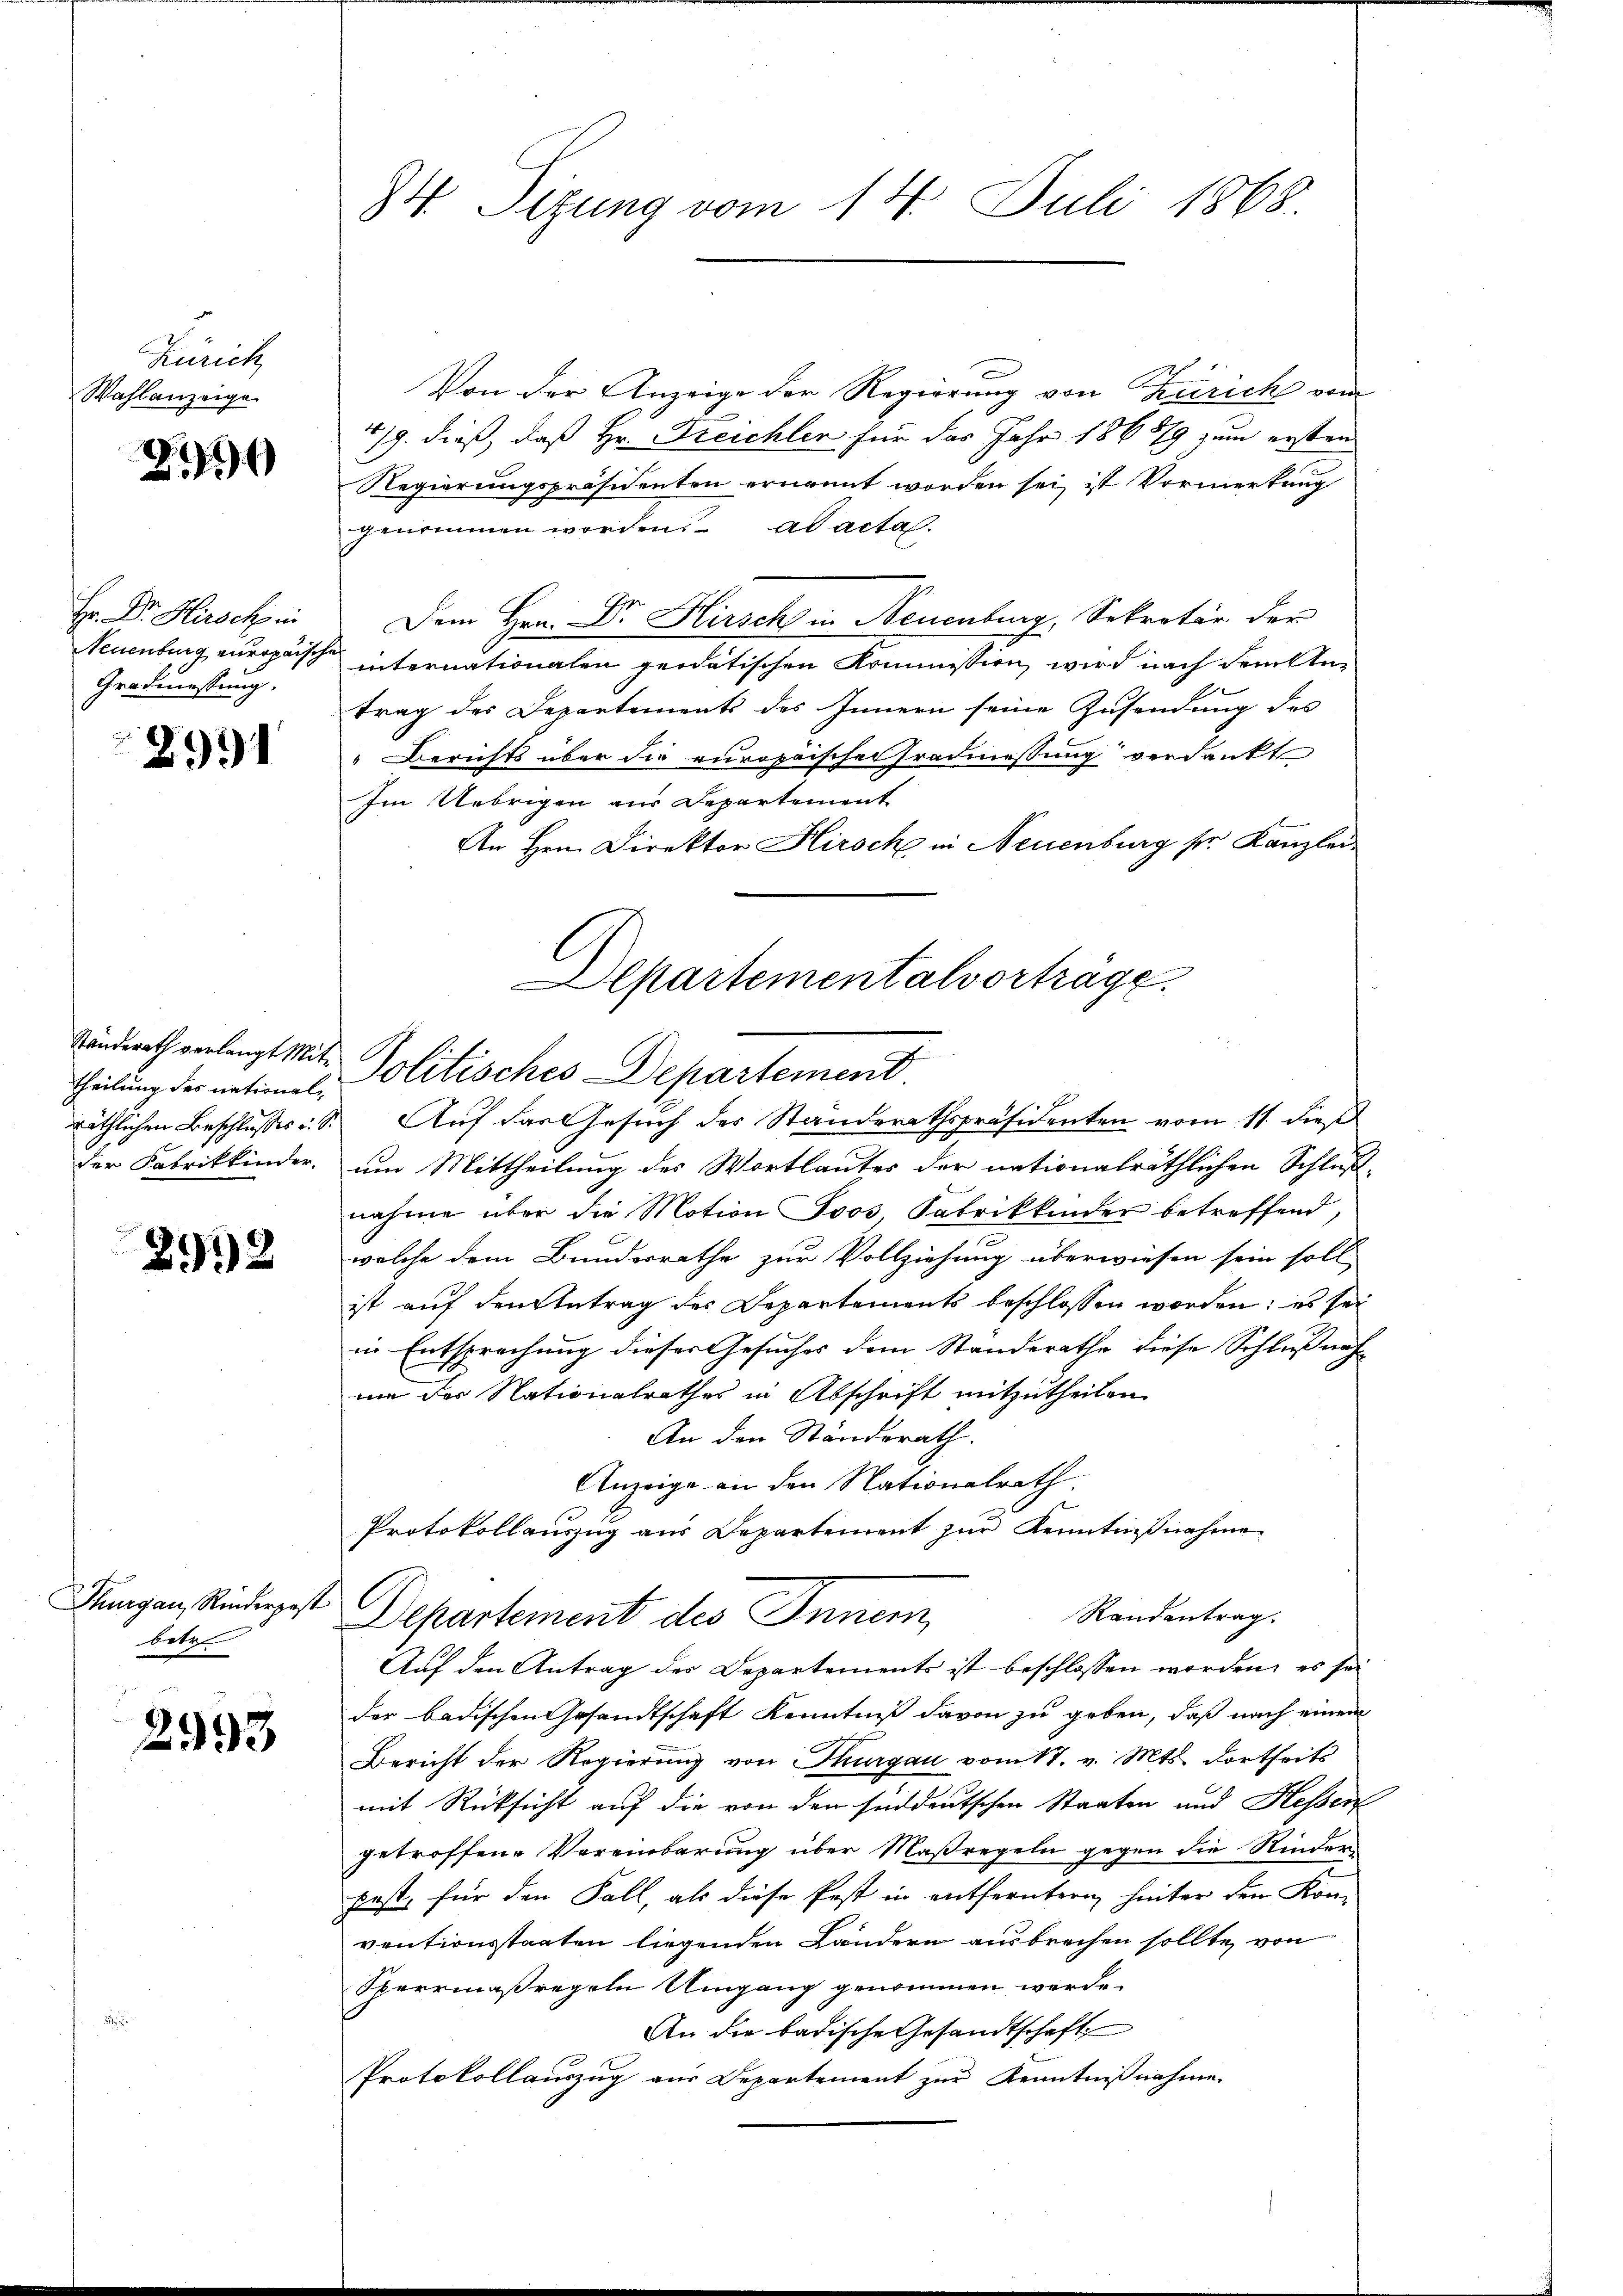
Rauch
Wahlanzeige

2

Hr. Dr. Hirsch in
Grodessung.

2991

Theilung des national-
der Fabrikkinder

2919

Thurgau, Rinderpost
betr

2993.

84. Sitzung vom 14. Juli 1868.

Von der Anzeige der Regierung von Züricht vom
/9. dieß, daß Hr. Freichler für das Jahr 186879 zum ersten
Regierungspräsidenten ernannt worden sei, ist Vormerkung
genommen worden. ad acta.
Dem Hrn. Dr. Hirsch in Neuenburg, Sekretär der
Neuenburg europäischen internationalen geodatischen Kommission, wird nach dem Antrag des Departements des Innern seine Zusendung des
" Berichts über die europaischen Gradmessung verdankt
Im Uebrigen aus Departement
An Hrn. Direktor Hirsch in Neuenburg ser Kanzlei
Ständerath verlangt mit Politisches Departement.
um Mittheilung des Wortlautes der nationalräthlichen Schlußnahme über die Motion Joos, Fabrikkinder betreffend,
welche dem Bundesrathe zur Vollziehung überwiesen sein soll
ist auf den Antrag des Departements beschlossen worden; es sei
in Entsprechung dieser Gesuches dem Standerathe diese Schlußnahum des Nationalrathes in Abschrift mitzutheilen.
An den Ständerath.
Anzeige an den Nationalrath.
Protokollauszug aus Departement zur Kenntnißnahme
6
Randantrag.
Departement des Innern,
Auf den Antrag der Departements ist beschlossen worden, es sei
der badischen Gesandtschaft Kenntniß davon zu geben, daß nach einem
Bericht der Regierŭng von Thurgau vom 17. v. Mts. dortheits
mit Rücksicht auf die von den sinddeutschen Staaten und Hessen
getroffene Vereinbarung über Maßregeln gegen die Rinder
fest, für den Fall, als diese Post in entferntern hinter den Kon-
ventionsstaaten liegenden Ländern ausbrechen sollte, von
Sperrmaßregeln Umgang genommen werde.
An die badische Gesandtschaft
Protokollauszug aus Departement zur Kenntnißnahme.

Departementalvorträge.
räthlichen Beschlusses. S. Auf das Gesuch des Standerathspräsidenten vom 11. dieß